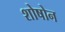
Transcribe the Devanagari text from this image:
शोषोन